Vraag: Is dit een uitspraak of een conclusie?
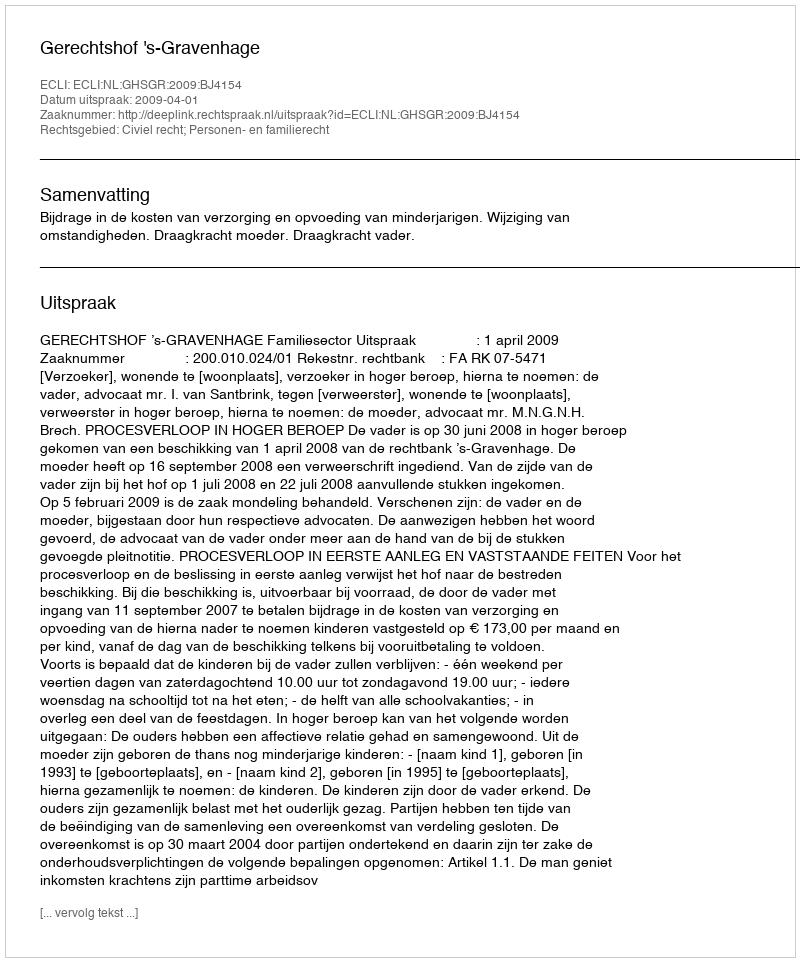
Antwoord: Uitspraak